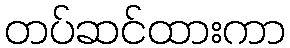
တပ်ဆင်ထားကာ